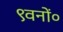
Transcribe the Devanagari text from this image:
९वनों०